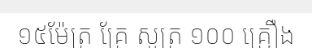
១៥ម៉ែត្រ គ្រែ សូត្រ ១០០ គ្រឿង